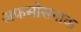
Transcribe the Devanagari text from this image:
अफसोसनाक